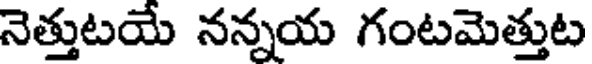
నెత్తుటయే నన్నయ గంటమెత్తుట